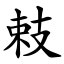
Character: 㩽